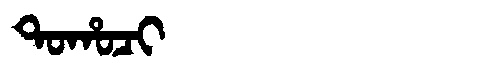
Manchu: ᡨᠣᡥᠣᠴᡳ
Romanization: TOHOCI